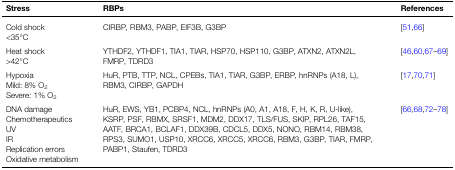
<table><thead><tr><td><b>Stress</b></td><td><b>RBPs</b></td><td><b>References</b></td></tr></thead><tbody><tr><td>Cold shock&lt;35°C</td><td>CIRBP, RBM3, PABP, EIF3B, G3BP</td><td>[51,66]</td></tr><tr><td>Heat shock&gt;42°C</td><td>YTHDF2, YTHDF1, TIA1, TIAR, HSP70, HSP110, G3BP, ATXN2, ATXN2L, FMRP, TDRD3</td><td>[46,60,67–69]</td></tr><tr><td>HypoxiaMild: 8% O<sub>2</sub>Severe: 1% O<sub>2</sub></td><td>HuR, PTB, TTP, NCL, CPEBs, TIA1, TIAR, G3BP, ERBP, hnRNPs (A18, L), RBM3, CIRBP, GAPDH</td><td>[17,70,71]</td></tr><tr><td>DNA damageChemotherapeuticsUVIRReplication errorsOxidative metabolism</td><td>HuR, EWS, YB1, PCBP4, NCL, hnRNPs (A0, A1, A18, F, H, K, R, U-like), KSRP, PSF, RBMX, SRSF1, MDM2, DDX17, TLS/FUS, SKIP, RPL26, TAF15, AATF, BRCA1, BCLAF1, DDX39B, CDCL5, DDX5, NONO, RBM14, RBM38, RPS3, SUMO1, USP10, XRCC6, XRCC5, XRCC6, RBM3, G3BP, TIAR, FMRP, PABP1, Staufen, TDRD3</td><td>[66,68,72–78]</td></tr></tbody></table>